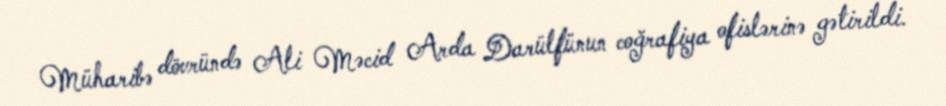
Müharibə dövründə Ali Məcid Arda Darülfünun coğrafiya ofislərinə gətirildi.